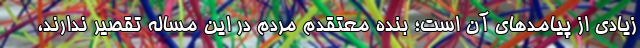
زیادی از پیامدهای آن است؛ بنده معتقدم مردم در این مساله تقصیر ندارند،